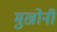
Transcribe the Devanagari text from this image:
मुल्रोनी